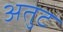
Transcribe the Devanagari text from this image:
अतुट